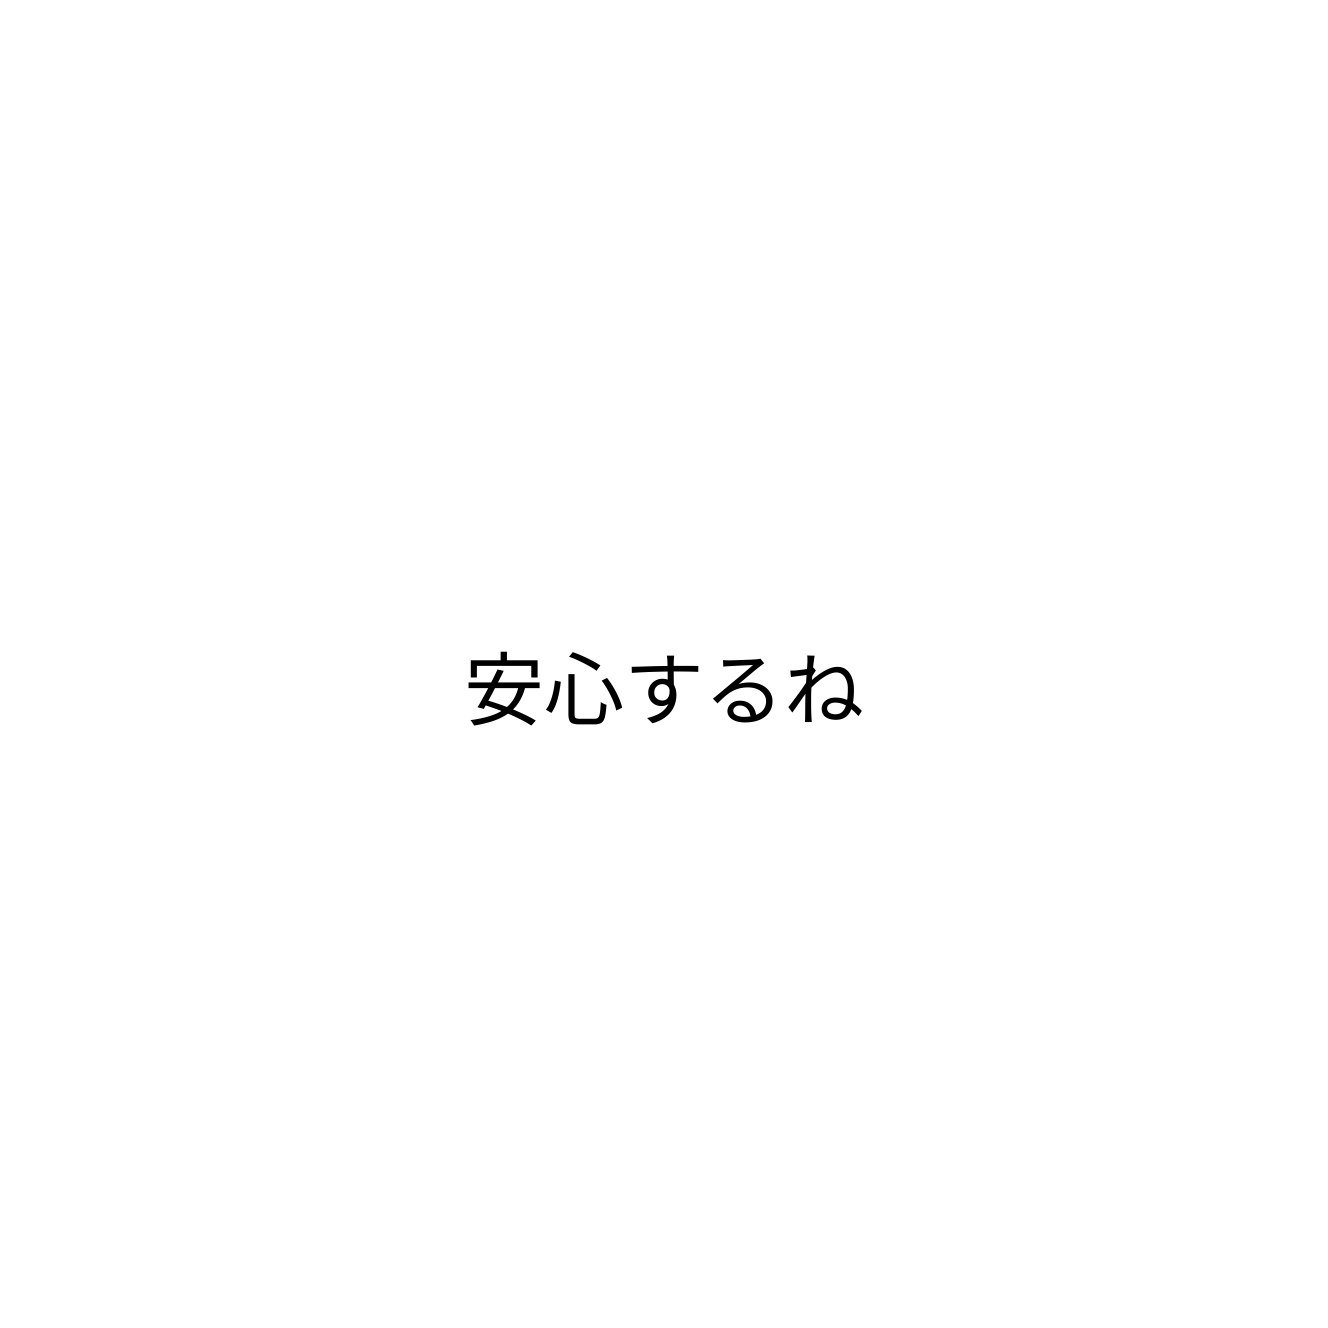
安心するね